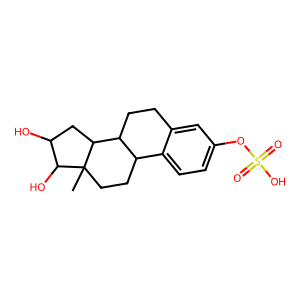
SMILES: CC12CCC3c4ccc(OS(=O)(=O)O)cc4CCC3C1CC(O)C2O
Inhibits HIV replication: No